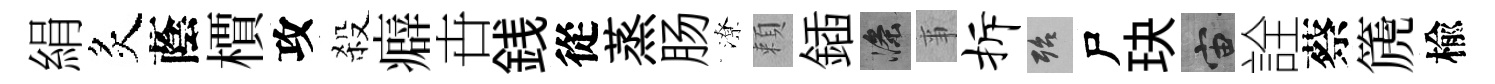
絹炙蔭檟攻殺癖卋銭從蒸肠潦頼鍤滌亊拆殆尸玦宙詮蔡篪楡